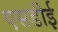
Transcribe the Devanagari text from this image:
एसडीई